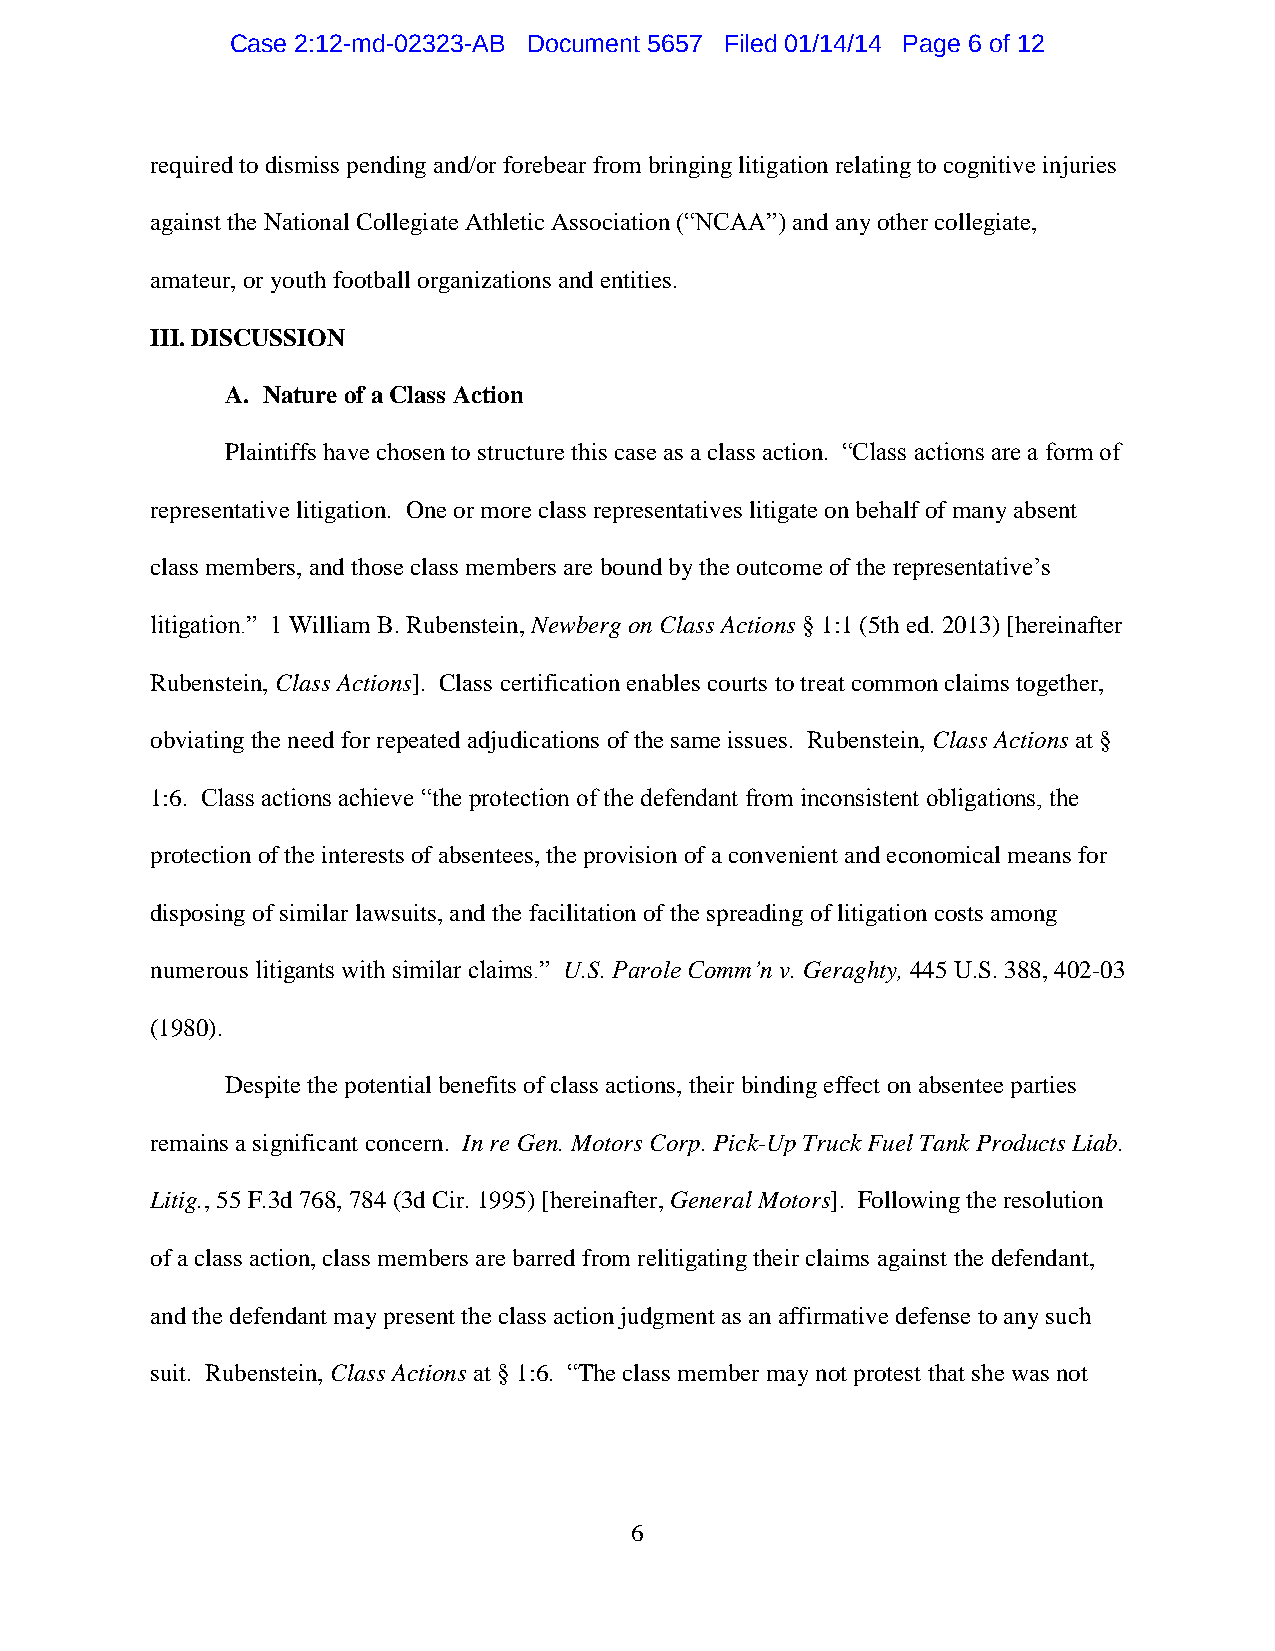
Case 2:12-md-02323-AB Document 5657 Filed 01/14/14 Page 6 of 12
 required to dismiss pending and/or forebear from bringing litigation relating to cognitive injuries
 against the National Collegiate Athletic Association (“NCAA”) and any other collegiate,
 amateur, or youth football organizations and entities.
 III. DISCUSSION
 A. Nature of a Class Action
 Plaintiffs have chosen to structure this case as a class action. “Class actions are a form of
 representative litigation. One or more class representatives litigate on behalf of many absent
 class members, and those class members are bound by the outcome of the representative’s
 litigation.” 1 William B. Rubenstein, Newberg on Class Actions § 1:1 (5th ed. 2013) [hereinafter
 Rubenstein, Class Actions]. Class certification enables courts to treat common claims together,
 obviating the need for repeated adjudications of the same issues. Rubenstein, Class Actions at §
 1:6. Class actions achieve “the protection of the defendant from inconsistent obligations, the
 protection of the interests of absentees, the provision of a convenient and economical means for
 disposing of similar lawsuits, and the facilitation of the spreading of litigation costs among
 numerous litigants with similar claims.” U.S. Parole Comm’n v. Geraghty, 445 U.S. 388, 402-03
 (1980).
 Despite the potential benefits of class actions, their binding effect on absentee parties
 remains a significant concern. In re Gen. Motors Corp. Pick-Up Truck Fuel Tank Products Liab.
 Litig., 55 F.3d 768, 784 (3d Cir. 1995) [hereinafter, General Motors]. Following the resolution
 of a class action, class members are barred from relitigating their claims against the defendant,
 and the defendant may present the class action judgment as an affirmative defense to any such
 suit. Rubenstein, Class Actions at § 1:6. “The class member may not protest that she was not
 6